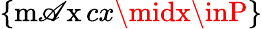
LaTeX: \{ \operatorname*{m\mathscr{A}x}cx\midx\inP\}